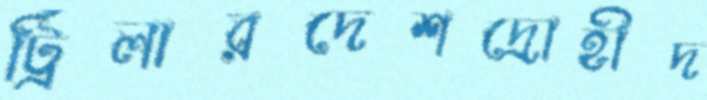
ট্রিলারদেশদ্রোহীদ